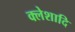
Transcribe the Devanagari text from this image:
क्लेशादि